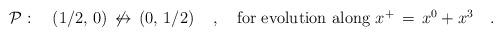
LaTeX: \begin{align*}{\cal P}:\quad \left({1/2},\,0\right)\,\not\leftrightarrow\, \left(0,\,{1/2}\right)\quad, \quad {\mbox{\rm for evolution along $x^+\,=\,x^0+x^3$}}\quad.\end{align*}